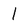
Character: 1